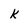
Character: k